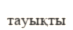
тауықты